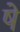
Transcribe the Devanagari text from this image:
षे